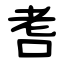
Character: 㖈